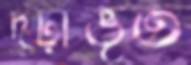
দৃঢ়ীভূত